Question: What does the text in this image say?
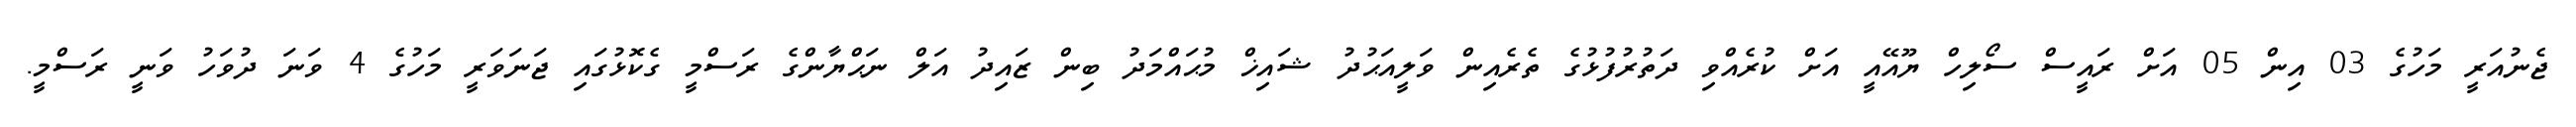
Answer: ޖެނުއަރީ މަހުގެ 03 އިން 05 އަށް ރައީސް ސޯލިހް ޔޫއޭއީ އަށް ކުރެއްވި ދަތުރުފުޅުގެ ތެރެއިން ވަލީއަޙުދު ޝައިޚް މުޙައްމަދު ބިން ޒައިދު އަލް ނަޙްޔާންގެ ރަސްމީ ގެކޮޅުގައި ޖަނަވަރީ މަހުގެ 4 ވަނަ ދުވަހު ވަނީ ރަސްމީ.